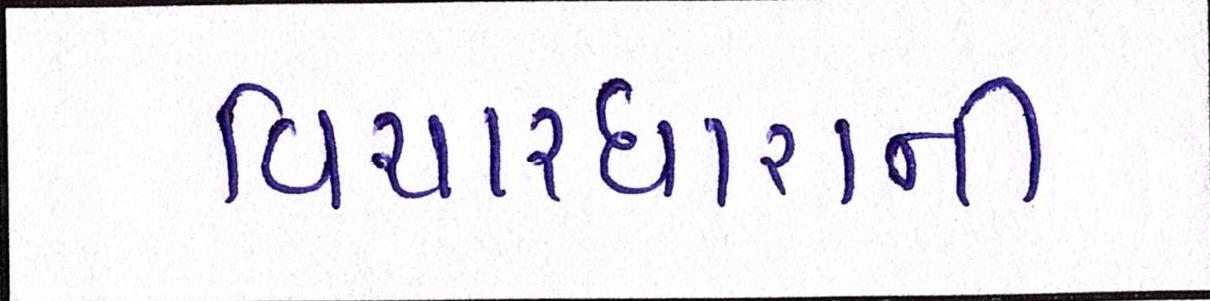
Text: વિચારધારાની